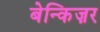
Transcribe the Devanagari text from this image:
बेन्किज़र